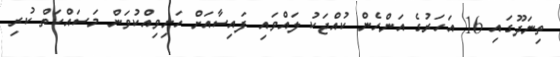
ތިނަދޫގައި 16 އަހަރުގެ އަންހެން ކުއްޖަކު ލައްވައި ފައިސާއަށް ހަށިވިއްކުވަން މަސައްކަތް ކުރި